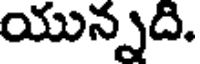
యున్నది.